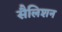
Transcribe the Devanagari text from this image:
सैलिशन